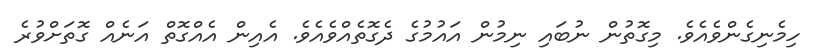
ހިމެނިގެންވެއެވެ. މިގޮތުން ނުބައި ނިމުން އައުމުގެ ދެގޮތެއްވެއެވެ. އެއިން އެއްގޮތް އަނެއް ގޮތަށްވުރެ